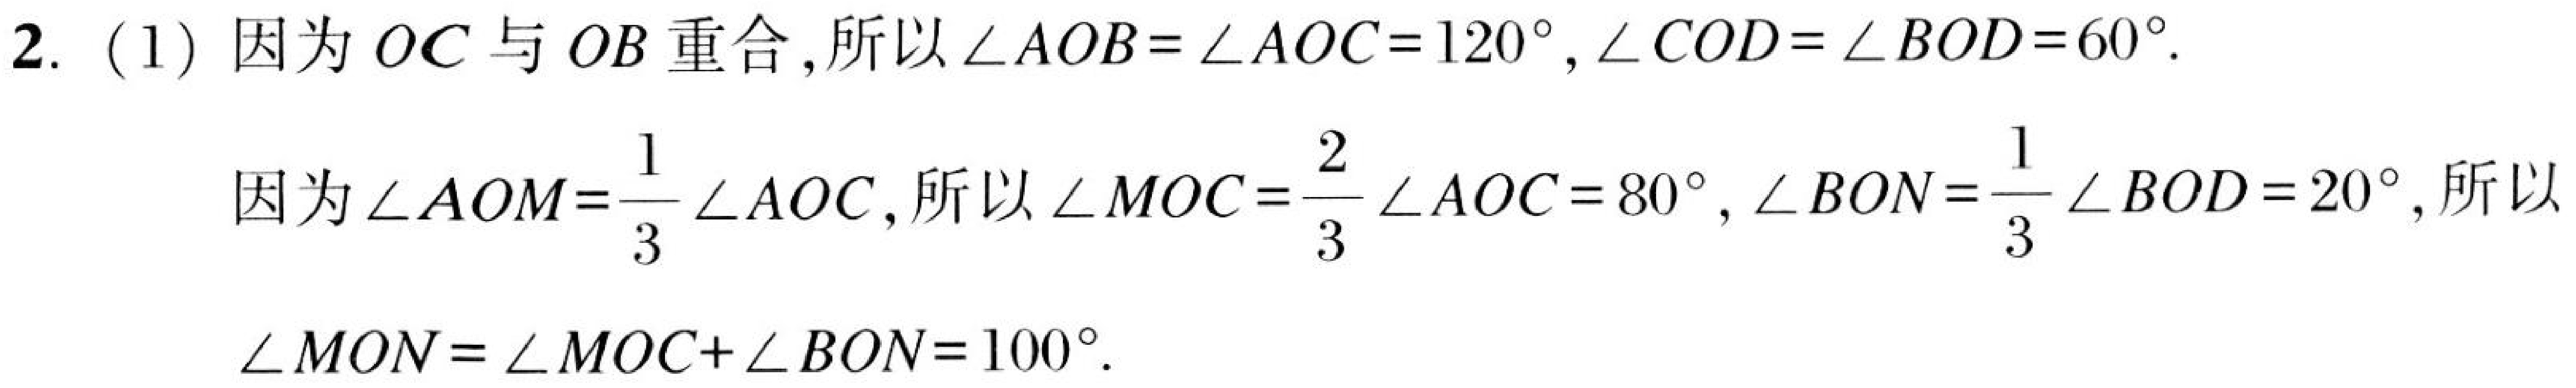
2. (1) 因为 \(OC\) 与 \(OB\) 重合，所以 \(\angle AOB=\angle AOC = 120^{\circ}\)，\(\angle COD=\angle BOD = 60^{\circ}\).

因为 \(\angle AOM=\frac{1}{3}\angle AOC\)，所以 \(\angle MOC=\frac{2}{3}\angle AOC = 80^{\circ}\)，\(\angle BON=\frac{1}{3}\angle BOD = 20^{\circ}\)，所以
\(\angle MON=\angle MOC+\angle BON = 100^{\circ}\).